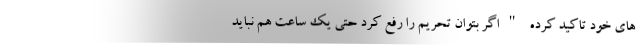
های خود تاکید کرده "اگر بتوان تحریم را رفع کرد حتی یک ساعت هم نباید